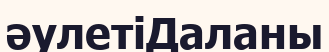
әулетіДаланы